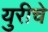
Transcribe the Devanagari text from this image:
युरीचे